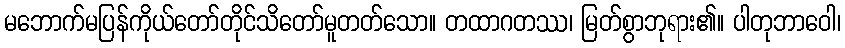
မဘောက်မပြန်ကိုယ်တော်တိုင်သိတော်မူတတ်သော။ တထာဂတဿ၊ မြတ်စွာဘုရား၏။ ပါတုဘာဝေါ၊